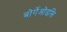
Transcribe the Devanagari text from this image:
बोर्गेओइसि